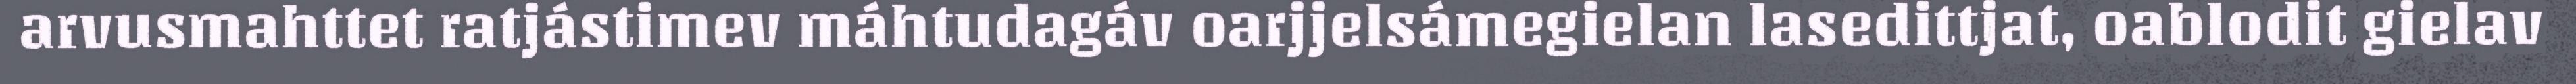
arvusmahttet ratjástimev máhtudagáv oarjjelsámegielan lasedittjat, oablodit gielav